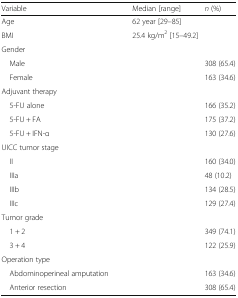
<table><thead><tr><td><b>Variable</b></td><td><b>Median [range]</b></td><td><b><i>n</i> (%)</b></td></tr></thead><tbody><tr><td>Age</td><td colspan="2">62 year [29–85]</td></tr><tr><td>BMI</td><td colspan="2">25.4 kg/m<sup>2</sup> [15–49.2]</td></tr><tr><td colspan="3">Gender</td></tr><tr><td> Male</td><td>[EMPTY_CELL]</td><td>308 (65.4)</td></tr><tr><td> Female</td><td>[EMPTY_CELL]</td><td>163 (34.6)</td></tr><tr><td colspan="3">Adjuvant therapy</td></tr><tr><td> 5-FU alone</td><td>[EMPTY_CELL]</td><td>166 (35.2)</td></tr><tr><td> 5-FU + FA</td><td>[EMPTY_CELL]</td><td>175 (37.2)</td></tr><tr><td> 5-FU + IFN-α</td><td>[EMPTY_CELL]</td><td>130 (27.6)</td></tr><tr><td colspan="3">UICC tumor stage</td></tr><tr><td> II</td><td>[EMPTY_CELL]</td><td>160 (34.0)</td></tr><tr><td> IIIa</td><td>[EMPTY_CELL]</td><td>48 (10.2)</td></tr><tr><td> IIIb</td><td>[EMPTY_CELL]</td><td>134 (28.5)</td></tr><tr><td> IIIc</td><td>[EMPTY_CELL]</td><td>129 (27.4)</td></tr><tr><td colspan="3">Tumor grade</td></tr><tr><td> 1 + 2</td><td>[EMPTY_CELL]</td><td>349 (74.1)</td></tr><tr><td> 3 + 4</td><td>[EMPTY_CELL]</td><td>122 (25.9)</td></tr><tr><td colspan="3">Operation type</td></tr><tr><td> Abdominoperineal amputation</td><td>[EMPTY_CELL]</td><td>163 (34.6)</td></tr><tr><td> Anterior resection</td><td>[EMPTY_CELL]</td><td>308 (65.4)</td></tr></tbody></table>